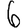
Digit: 6